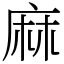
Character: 麻